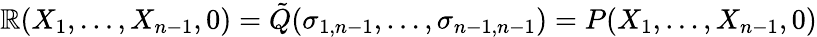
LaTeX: \mathbb{R}(X_{1},\ldots,X_{n-1},0)={\tilde{{Q}}}(\sigma_{1,n-1},\ldots,\sigma_{n-1,n-1})=P(X_{1},\ldots,X_{n-1},0)